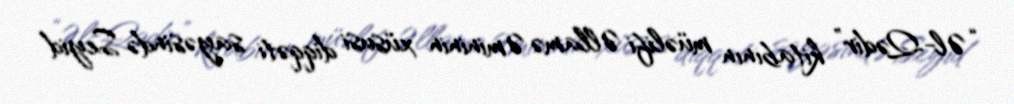
“Əl-Qədir” kitabının müəlifi Əllamə Əmininin xüsusi diqqəti sayəsində Seyid